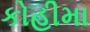
કોહીમા